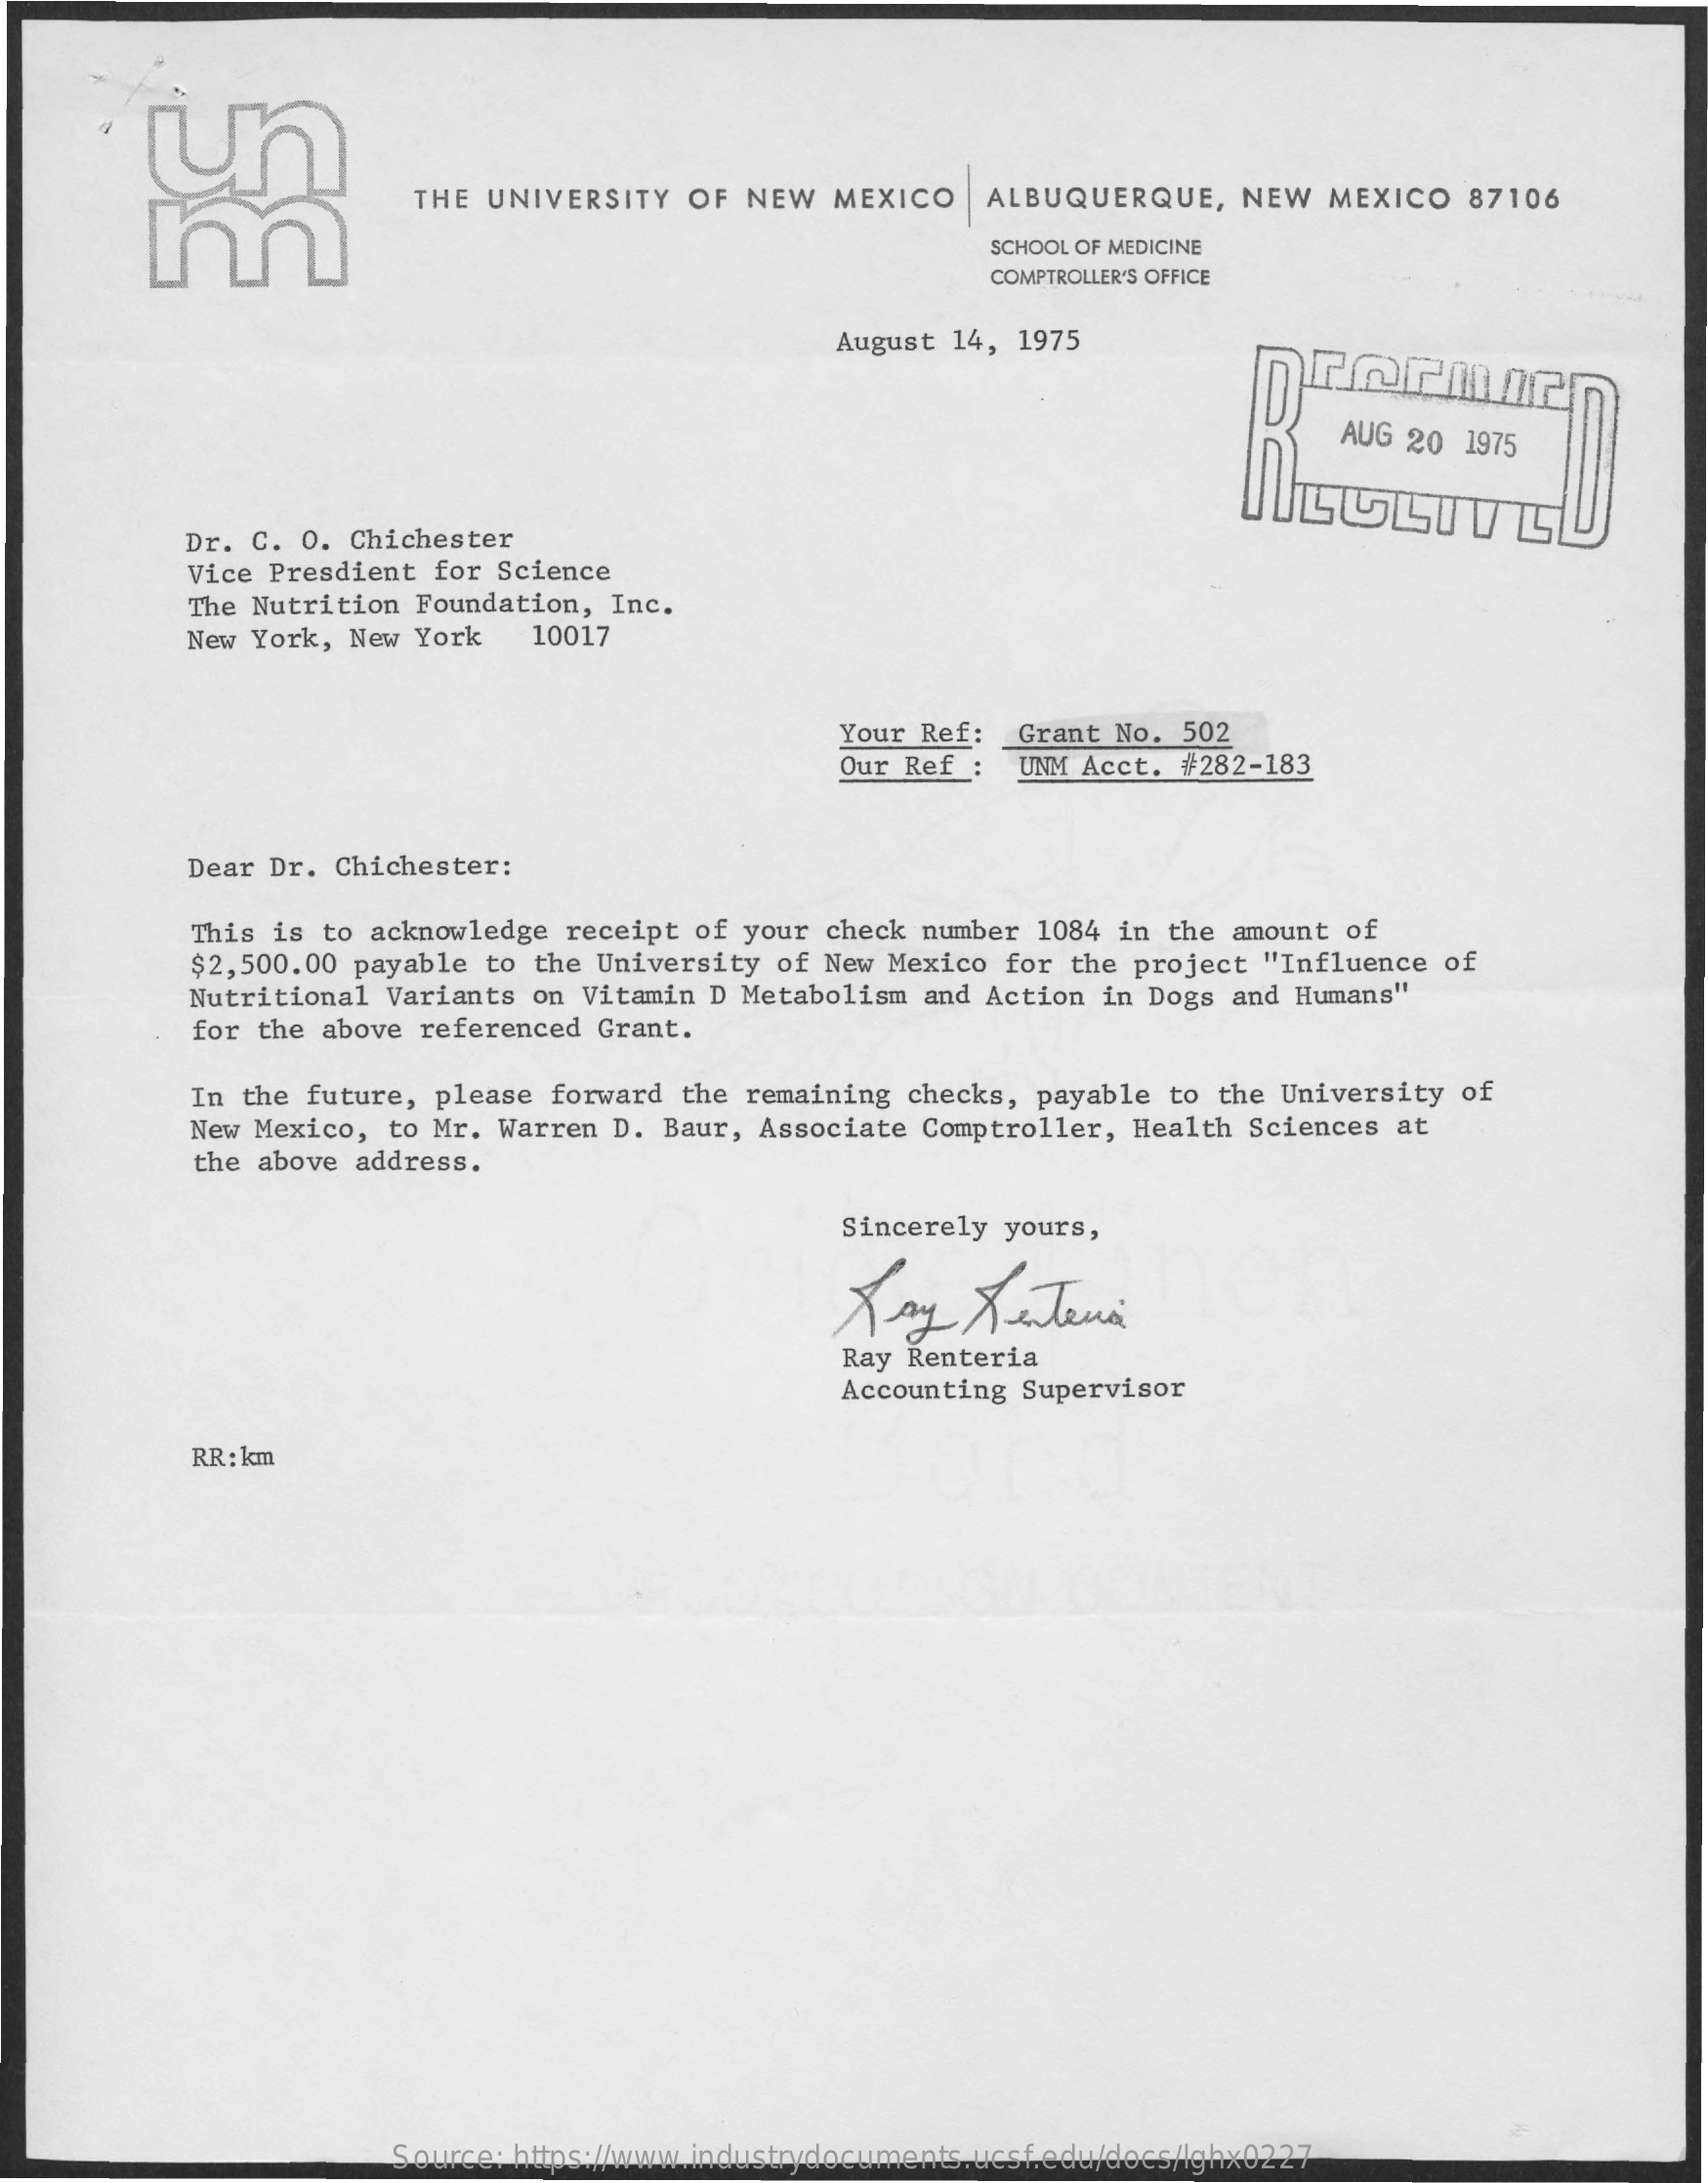
THE UNIVERSITY OF NEW MEXICO ALBUQUERQUE,  NEW MEXICO  87106
     SCHOOL OF MEDICINE
     COMPTROLLER'S OFFICE
     August 14, 1975
     AUG 20 1975
     JILGLIVGL
     Dr. C. O. Chichester
     Vice Presdient for Science
     The Nutrition Foundation, Inc.
     New York, New York 10017
     Your Ref: Grant No. 502
     Our Ref : UNM Acct. #282-183
     Dear Dr. Chichester:
     This is to acknowledge receipt of your check number 1084 in the amount of
     $2,500.00 payable to the University of New Mexico for the project "Influence of
     Nutritional Variants on Vitamin D Metabolism and Action in Dogs and Humans"
     for the above referenced Grant.
     In the future, please forward the remaining checks, payable to the University of
     New Mexico, to Mr. Warren D. Baur, Associate Comptroller, Health Sciences at
     the above address.
     Sincerely yours,
     Lay   Lettera
     Ray Renteria
     Accounting Supervisor
     RR: km
     Source: https://www.industrydocuments.ucsf.edu/docs/lghx0227